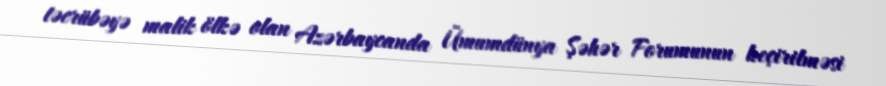
təcrübəyə malik ölkə olan Azərbaycanda Ümumdünya Şəhər Forumunun keçirilməsi